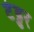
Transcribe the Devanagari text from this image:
टेड्डर